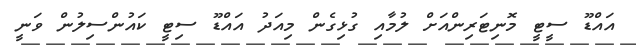
އައްޑޫ ސީޓީ މޮނިޓަރިންއަށް ލުމާއި ގުޅިގެން މިއަދު އައްޑޫ ސިޓީ ކައުންސިލުން ވަނީ